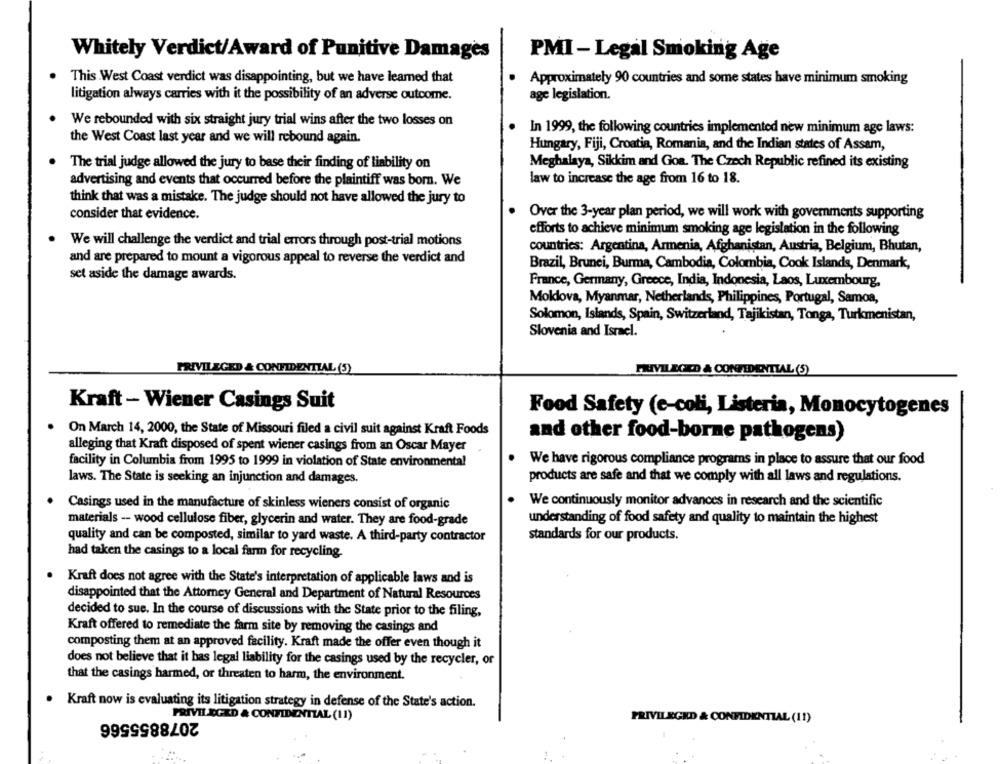
Whitely Verdict/Award of Punitive Damages
PMI- Legal Smoking Age
This West Coast verdict was disappointing, but we have learned that
Approximately 90 countries and some states have minimum smoking
litigation always carries with it the possibility of an adverse outcome.
age legislation.
We rebounded with six straight jury trial wins after the two losses on
In 1999, the following countries implemented new minimum age laws:
the West Coast last year and we will rebound again.
Hungary, Fiji, Croatia, Romania, and the Indian states of Assam,
The trial judge allowed the jury to base their finding of liability on
Meghalaya, Sikkim and Goa. The Czech Republic refined its existing
advertising and events that occurred before the plaintiff was born. We
law to increase the age from 16 to 18.
think that was a mistake. The judge should not have allowed the jury to
consider that evidence.
Over the 3-year plan period, we will work with governments supporting
efforts to achieve minimum smoking age legislation in the following
We will challenge the verdict and trial errors through post-trial motions
countries: Argentina, Armenia, Afghanistan, Austria, Belgium, Bhutan,
and are prepared to mount a vigorous appeal to reverse the verdict and
Brazil, Brunei, Burma, Cambodia, Colombia, Cook Islands, Denmark,
set aside the damage awards.
France, Germany, Greece, India, Indonesia, Laos, Luxembourg,
Moldova, Myanmar, Netherlands, Philippines, Portugal, Samoa,
Solomon, Islands, Spain, Switzerland, Tajikistan, Tonga, Turkmenistan,
Slovenia and Israel.
PRIVILEGED & CONFIDENTIAL (5)
PRIVILEGED & CONFIDENTIAL (5)
Kraft - Wiener Casings Suit
Food Safety (e-coli, Listeria, Monocytogenes
On March 14, 2000, the State of Missouri filed a civil suit against Kraft Foods
and other food-borne pathogens)
alleging that Kraft disposed of spent wiener casings from an Oscar Mayer
facility in Columbia from 1995 to 1999 in violation of State environmental
We have rigorous compliance programs in place to assure that our food
laws. The State is seeking an injunction and damages.
products are safe and that we comply with all laws and regulations.
Casings used in the manufacture of skinless wieners consist of organic
We continuously monitor advances in research and the scientific
understanding of food safety and quality to maintain the highest
materials -- wood cellulose fiber, glycerin and water. They are food-grade
quality and can be composted, similar to yard waste. A third-party contractor
standards for our products.
had taken the casings to a local farm for recycling
Kraft does not agree with the State's interpretation of applicable laws and is
disappointed that the Attorney General and Department of Natural Resources
decided to sue. In the course of discussions with the State prior to the filing,
Kraft offered to remediate the farm site by removing the casings and
composting them at an approved facility. Kraft made the offer even though it
does not believe that it has legal liability for the casings used by the recycler, or
that the casings harmed, or threaten to harm, the environment.
. Kraft now is evaluating its litigation strategy in defense of the State's action.
PRIVILEGED & CONFIDENTIAL (11)
2078855566
PRIVILEGED & CONFIDENTIAL (11)